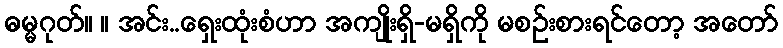
ဓမ္မဂုတ်။ ။ အင်း..ရှေးထုံးစံဟာ အကျိုးရှိ-မရှိကို မစဉ်းစားရင်တော့ အတော်